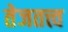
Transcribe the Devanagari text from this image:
तेजतत्त्व